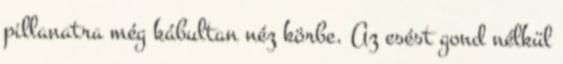
pillanatra még kábultan néz körbe. Az esést gond nélkül